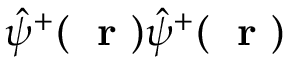
\hat { \psi } ^ { + } ( \mathrm { ~ \bf ~ r ~ } ) \hat { \psi } ^ { + } ( \mathrm { ~ \bf ~ r ~ } )